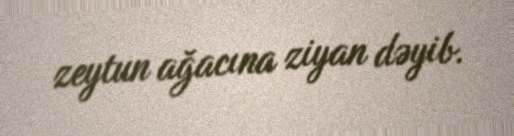
zeytun ağacına ziyan dəyib.